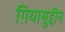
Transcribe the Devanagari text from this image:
ग़ियासुद्दीन